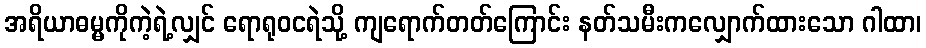
အရိယာဓမ္မကိုကဲ့ရဲ့လျှင် ရောရုဝငရဲသို့ ကျရောက်တတ်ကြောင်း နတ်သမီးကလျှောက်ထားသော ဂါထာ၊